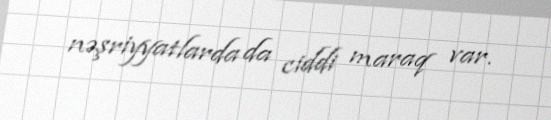
nəşriyyatlarda da ciddi maraq var.